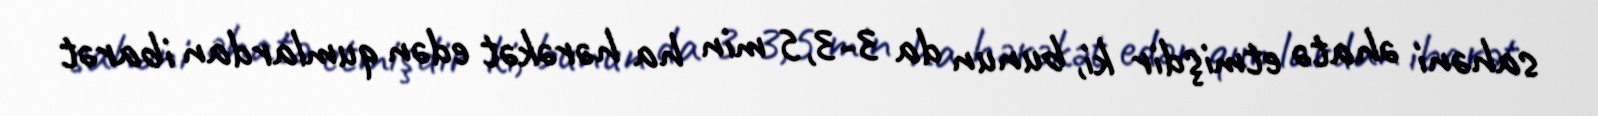
sahəni əhatə etmişdir ki, bunun da 3-3,5 min ha hərəkət edən qumlardan ibarət